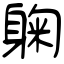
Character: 躹